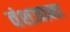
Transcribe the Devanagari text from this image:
वंशजाना